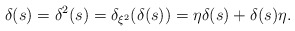
\begin{align*}\delta(s)=\delta^2(s)=\delta_{\xi^2}(\delta(s))=\eta \delta(s)+\delta(s)\eta.\end{align*}